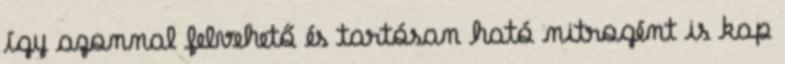
így azonnal felvehető és tartósan ható nitrogént is kap